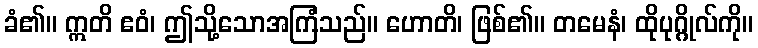
ခံ၏။ ဣတိ ဧဝံ၊ ဤသို့သောအကြံသည်။ ဟောတိ၊ ဖြစ်၏။ တမေနံ၊ ထိုပုဂ္ဂိုလ်ကို။